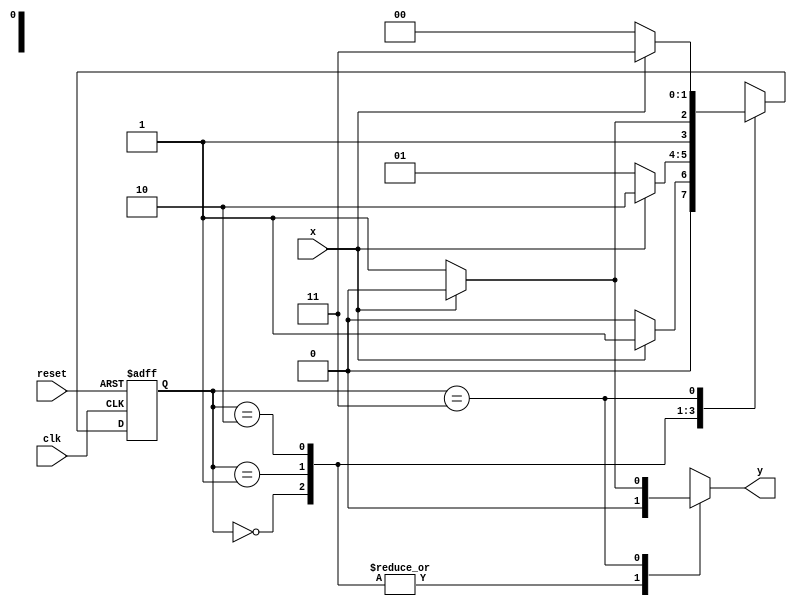
// -------------------------
// Exemplo0054 - Mealy FSM
// Nome: Djonatas Tulio Rodrigues Costa
// -------------------------

// constant definitions
`define found 1
`define notfound 0


// FSM by Mealy
module mealy1100 ( y, x, clk, reset );
	output y;
	input x;
	input clk;
	input reset;
	reg y;
	
	parameter // state identifiers
		start = 2'b00,
		id1 = 2'b01,
		id110 = 2'b10,
		id11 = 2'b11;
		
	reg [1:0] E1; // current state variables
	reg [1:0] E2; // next state logic output
	
	// next state logic
	always @( x or E1 )
	begin
	y = `notfound;
		case ( E1 )
			start:
				if ( x )
					E2 = id1;
				else
					E2 = start;
			id1:
				if ( x )
					E2 = id110;
				else
					E2 = id1;
			id110:
				if ( x )
					E2 = id110;
				else
					E2 = id11;
			id11:
				if ( x )
				begin
					E2 = id11;
					y = `notfound;
				end
				else
				begin
					E2 = start;
					y = `found;
				end
			default: // undefined state
					E2 = 2'bxx;
		endcase
	end // always at signal or state changing
	
	// state variables
	always @( posedge clk or negedge reset )
	begin
		if ( reset )
			E1 = E2; // updates current state
		else
			E1 = 0; // reset
	end // always at signal changing
	
endmodule // mealy1010

module Exemplo0054;

reg clk, reset, x;
wire m1;

	mealy1100 mealy1 ( m1, x, clk, reset );
		
	initial
		begin
			$display ( "Time    X  Mealy" );
			// initial values	
			clk = 1;
			reset = 0;
			x = 1;
		
			// input signal changing
			#5 reset = 1;
			#10 x = 1;
			#10 x = 0;
			#10 x = 0;
			#20 x = 0;
			#10 x = 1;
			#10 x = 1;
			#10 x = 0;
			#10 x = 0;
			#30 $finish;
		end // initial

	always
	
	#5 clk = ~clk;
	
	always @( posedge clk )
	
	begin
		$display ( "%4d %4b %4b", $time, x, m1 );
	end // always at positive edge clocking changing
	
endmodule // Exemplo0054